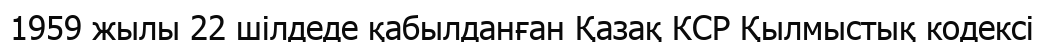
1959 жылы 22 шілдеде қабылданған Қазақ КСР Қылмыстық кодексі